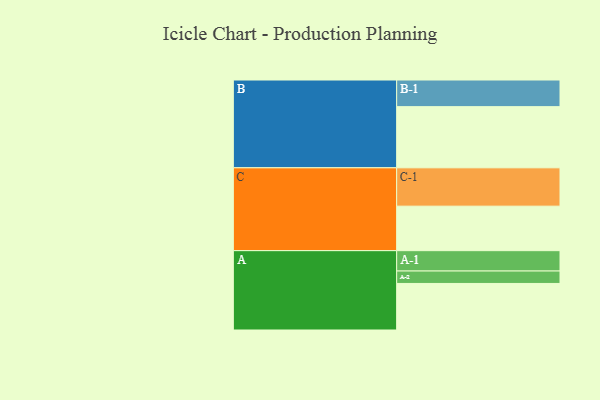
{"axis": {"x": "Segment", "y": "Value"}, "legend": ["", "A", "B", "C"], "data": [{"x": "A", "y": 318, "type": ""}, {"x": "B", "y": 418, "type": ""}, {"x": "C", "y": 304, "type": ""}, {"x": "A-1", "y": 139, "type": "A"}, {"x": "A-2", "y": 85, "type": "A"}, {"x": "B-1", "y": 182, "type": "B"}, {"x": "C-1", "y": 262, "type": "C"}]}